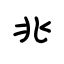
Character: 兆